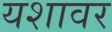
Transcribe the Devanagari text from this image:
यशावर